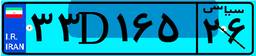
۱۷D۷۶۸۸۷